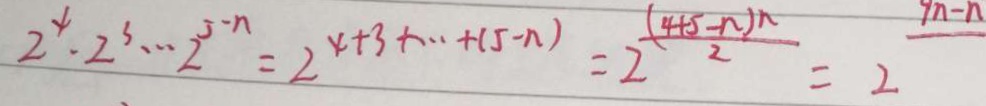
2 ^ { 4 } \cdot 2 ^ { 3 } \cdots 2 ^ { 5 - n } = 2 ^ { x + 3 + \cdots + ( 5 - n ) } = \frac { ( 4 + 5 - n ) n } { 2 } = 2